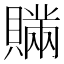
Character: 𧸕